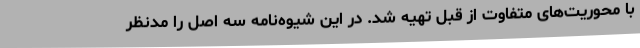
با محوریت‌های متفاوت از قبل تهیه شد. در این شیوه‌نامه سه اصل را مدنظر